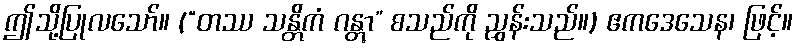
ဤသို့ပြုလသော်။ (“တဿ သန္တိကံ ဂန္တွာ” စသည်ကို ညွှန်းသည်။) ဧကဒေသေန၊ ဖြင့်။